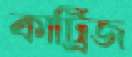
কার্ট্রিজ